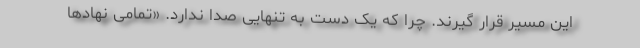
این مسیر قرار گیرند. چرا که یک دست به تنهایی صدا ندارد. «تمامی نهادها